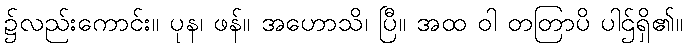
၌လည်းကောင်း။ ပုန၊ ဖန်။ အဟောသိ၊ ပြီ။ အထ ဝါ တတြာပိ ပါဌ်ရှိ၏။